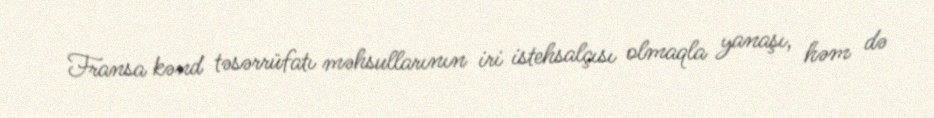
Fransa kənd təsərrüfatı məhsullarının iri istehsalçısı olmaqla yanaşı, həm də